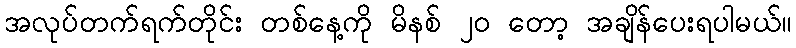
အလုပ်တက်ရက်တိုင်း တစ်နေ့ကို မိနစ် ၂၀ တော့ အချိန်ပေးရပါမယ်။